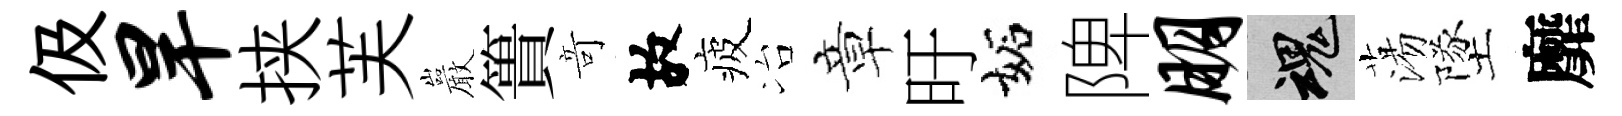
伋旱挟芙巖簣竒故疲冶章旴妬陴朋魂蕩墜靡